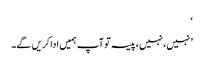
‘
’نہیں، نہیں، پیسہ تو آپ ہمیں ادا کریں گے۔